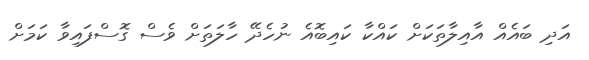
އަދި ބައެއް އާއިލާތަކަށް ކައްކާ ކައިބޮއެ ނުހެދޭ ހާލަތަށް ވެސް ގޮސްފައިވާ ކަމަށް